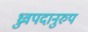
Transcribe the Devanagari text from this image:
ध्रुवपदानुरुप